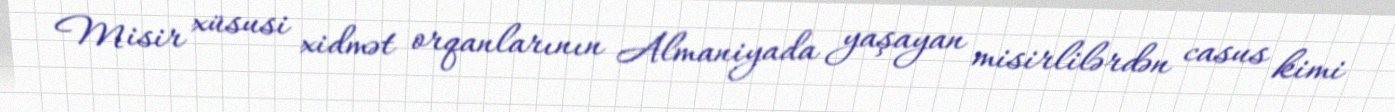
Misir xüsusi xidmət orqanlarının Almaniyada yaşayan misirlilərdən casus kimi